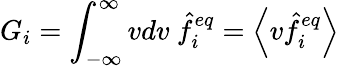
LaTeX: G_{i}=\int_{-\infty}^{\infty}vdv\ \hat{f}_{i}^{eq}=\left\langle v\hat{f}_{i}^{eq}\right\rangle